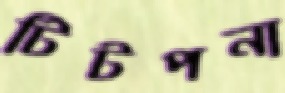
টিটপনা